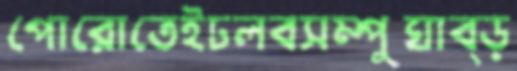
পোরোতেইঢলবসম্পুঘাব্‌ড়